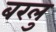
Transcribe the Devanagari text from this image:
बरलु